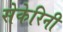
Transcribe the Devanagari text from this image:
सेकेरिनी